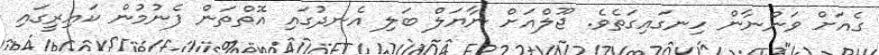
ގެއަށް ވަންނާން ހިނގައިގަތެވެ. ޖޫލްއަށް ނާޔަލް ބަލި އެނދުގައި އޮތްތަން ފެނުމުން ކައިރީގައި